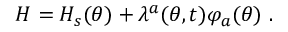
H = H _ { s } ( \theta ) + \lambda ^ { a } ( \theta , t ) \varphi _ { a } ( \theta ) \ .